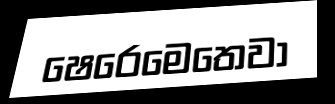
ෂෙරෙමෙතෙවා